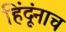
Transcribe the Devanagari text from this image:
हिंदूंनाच